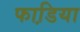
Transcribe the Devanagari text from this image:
फाडि़या